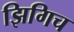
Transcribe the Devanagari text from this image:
झिगिच